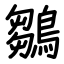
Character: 鶵